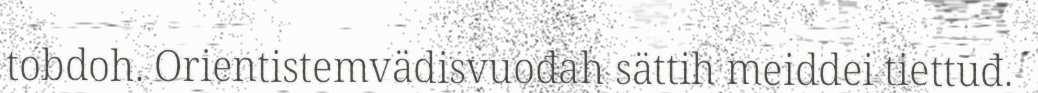
tobdoh. Orientistemvädisvuođah sättih meiddei tiettuđ.